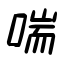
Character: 喘